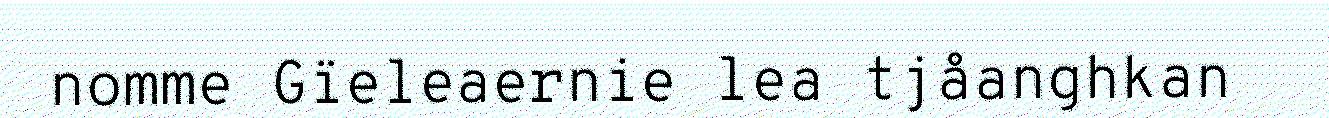
nomme Gïeleaernie lea tjåanghkan